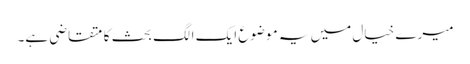
میرے خیال میں یہ موضوع ایک الگ بحث کا متقاضی ہے۔